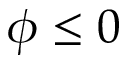
\phi \leq 0